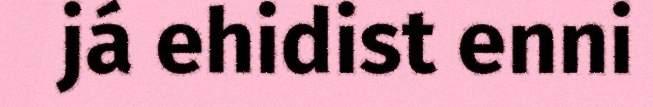
já ehidist enni